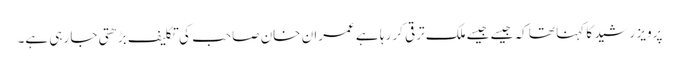
پرویز رشید کا کہنا تھا کہ جیسے جیسےملک ترقی کر رہا ہے عمران خان صاحب کی تکلیف بڑھتی جا رہی ہے۔